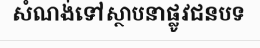
សំណង់ទៅស្ថាបនាផ្លូវជនបទ